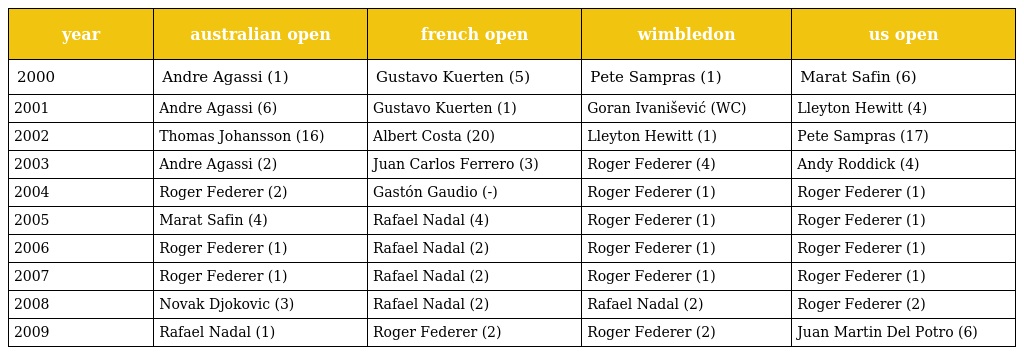
| year | australian open | french open | wimbledon | us open |
 | --- | --- | --- | --- | --- |
 | 2000 | Andre Agassi (1) | Gustavo Kuerten (5) | Pete Sampras (1) | Marat Safin (6) |
 | 2001 | Andre Agassi (6) | Gustavo Kuerten (1) | Goran Ivanišević (WC) | Lleyton Hewitt (4) |
 | 2002 | Thomas Johansson (16) | Albert Costa (20) | Lleyton Hewitt (1) | Pete Sampras (17) |
 | 2003 | Andre Agassi (2) | Juan Carlos Ferrero (3) | Roger Federer (4) | Andy Roddick (4) |
 | 2004 | Roger Federer (2) | Gastón Gaudio (-) | Roger Federer (1) | Roger Federer (1) |
 | 2005 | Marat Safin (4) | Rafael Nadal (4) | Roger Federer (1) | Roger Federer (1) |
 | 2006 | Roger Federer (1) | Rafael Nadal (2) | Roger Federer (1) | Roger Federer (1) |
 | 2007 | Roger Federer (1) | Rafael Nadal (2) | Roger Federer (1) | Roger Federer (1) |
 | 2008 | Novak Djokovic (3) | Rafael Nadal (2) | Rafael Nadal (2) | Roger Federer (2) |
 | 2009 | Rafael Nadal (1) | Roger Federer (2) | Roger Federer (2) | Juan Martin Del Potro (6) |